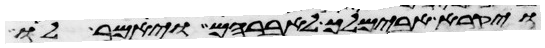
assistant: ויקרא אבימלך לאברהם ויאמר לו